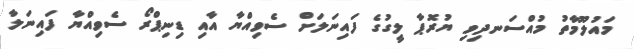
މައުލޫމާތު މުއްސަނދިވި ޔުރޮޕާ ލީގުގެ ފައިނަލަށް ސެވިއްޔާ އާއި ޑިނިޕްރޯ ސެވިއްޔާ ފައިނަލާ